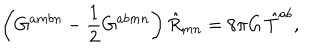
LaTeX: \left( G ^ { a m b n } - \frac { 1 } { 2 } G ^ { a b m n } \right) \hat { R } _ { m n } = 8 \pi G \, \hat { T } ^ { a b } ,